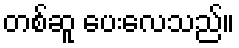
တစ်ဆူ ပေးလေသည်။